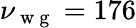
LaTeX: \nu_{\mathrm{~w~g~}}=176